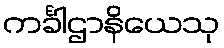
ကင်္ခါဌာနိယေသု